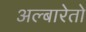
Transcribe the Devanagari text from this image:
अल्बारेतो